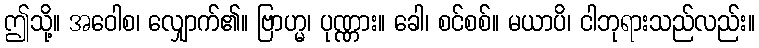
ဤသို့။ အဝေါစ၊ လျှောက်၏။ ဗြာဟ္မ၊ ပုဏ္ဏား။ ခေါ၊ စင်စစ်။ မယာပိ၊ ငါဘုရားသည်လည်း။